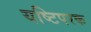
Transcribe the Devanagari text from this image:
यष्टिपरक